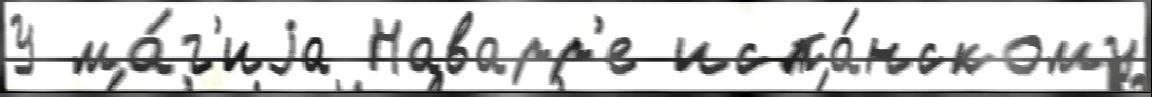
У ма́г'иjа Наварр'е испа́нскому